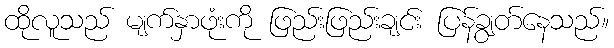
ထိုလူသည် မျက်နှာဖုံးကို ဖြည်းဖြည်းချင်း ပြန်ချွတ်နေသည်။